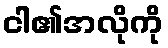
ငါ၏အလိုကို